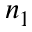
n _ { 1 }